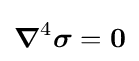
{\boldsymbol {\nabla }}^{4}{\boldsymbol {\sigma }}={\boldsymbol {0}}